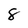
Character: 8